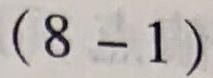
$(8 - 1)$